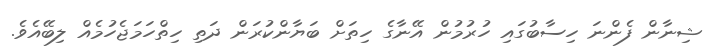
ޝިނާން ފެންނަ ހިސާބުގައި ހުރުމުން އޭނާގެ ހިތަށް ބަޔާންކުރަން ދަތި ހިތްހަމަޖެހުމެއް ލިބޭއެވެ.